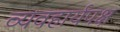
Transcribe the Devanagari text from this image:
व्यवहार्यपक्ष